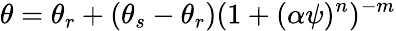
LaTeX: \theta=\theta_{r}+(\theta_{s}-\theta_{r})(1+(\alpha\psi)^{n})^{-m}